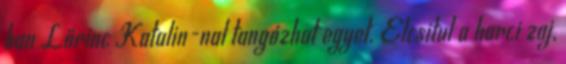
ban Lőrinc Katalin-nal tangózhat egyet. Elcsitul a harci zaj,